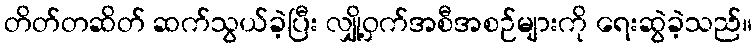
တိတ်တဆိတ် ဆက်သွယ်ခဲ့ပြီး လျှို့ဝှက်အစီအစဉ်များကို ရေးဆွဲခဲ့သည်။